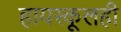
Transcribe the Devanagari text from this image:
हायस्कूलही